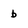
Character: b